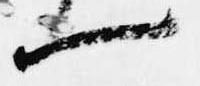
一